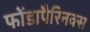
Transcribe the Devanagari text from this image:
फोंडापैरिनक्स